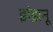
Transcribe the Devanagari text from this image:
झंझनू